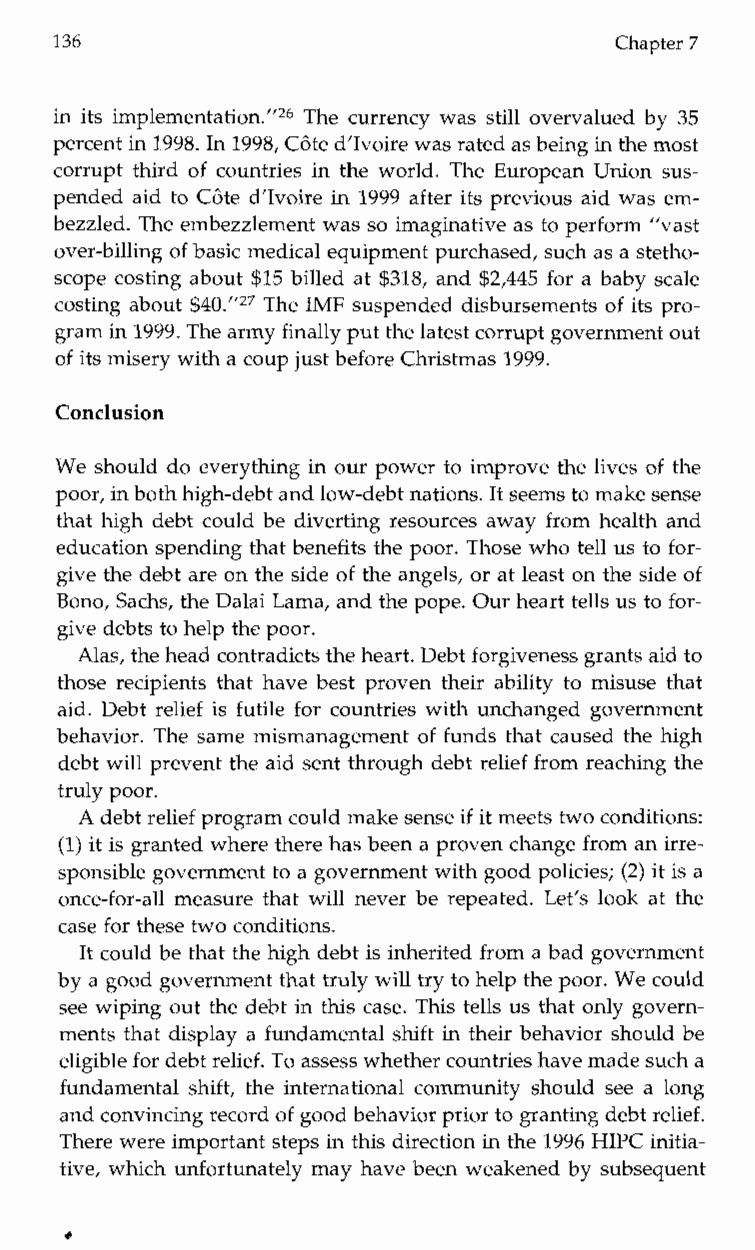
136                                  Chapter 7
 in its implementation.”26 The currency was still overvalued by 35
 percent in 1998. In 1998, C6te d’Ivoire was rated as beingin the most
 corrupt third of countries in the world. The European Union sus-
 pended aid to CBte d’Ivoire in 1999 after its previous aid was em-
 bezzled. The embezzlement was so imaginative as to perform ”vast
 over-billing of basic medical equipment purchased, such as a stetho-
 scope costing about $15 billed at $318, and $2,445 for a baby scale
 costing about $40.”27 The IMF suspended disbursements of its pro-
 gram in1 999. The army finally put thel atest corrupt government out
 of its misery with a coup jusbt efore Christmas 1999.
 Conclusion
 We should do everything in our power to improve the lives of the
 poor, in both high-debat nd low-debt nations. It seems to makes ense
 that high debt could be diverting resources away from health and
 education spending that benefits the poor. Those who tell us to for-
 give the debt are on the side of the angels, or at least on the side of
 Bono, Sachs, the Dalai Lama, and the pope. Our heartt ells us to for-
 give debts to help the poor.
 Alas, the head contradicts the heartD. ebt forgiveness grants aid to
 those recipients that have best proven their ability to misuse that
 aid. Debt relief is futile for countries with unchanged government
 behavior. The same mismanagement of funds that caused the high
 debt will prevent the aid sent through debt relief from reaching the
 truly poor.
 A debt relief program could make sensief it meets two conditions:
 (1) it is granted where there has been a proven change from iarnre -
 sponsible government to a government with goodp olicies; (2) it is a
 once-for-all measure that will never be repeated. Let’s look at the
 case for these two conditions.
 It could be that the high debt is inheritedf rom a bad government
 by a good government that truly will try to help the poorW. e could
 see wiping out the debt in this case. This tells us that only govern-
 ments that display a fundamental shift in their behavior should be
 eligible for debt relief. To assess whether countries havem ade such a
 fundamental shift, the international community should see a long
 and convincing record of good behavior priort o granting debtr elief.
 There were important steps int his direction in the 1996 HIPC initia-
 tive, which unfortunately may have been weakened by subsequent